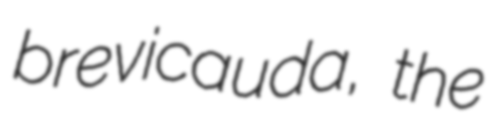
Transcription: brevicauda, the